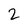
Character: 2